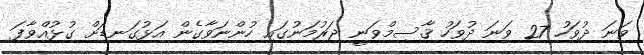
ވަނަ ދުވަހު 27 ވަނަ ދުވަހު ޤާސިމްވަނީ ޖަރުމަނުގައި ހުންނަވާގެން އަޅުގަނޑަށް ގުޅުއްވާފަ